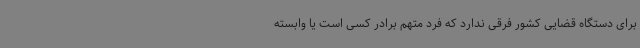
برای دستگاه قضایی کشور فرقی ندارد که فرد متهم برادر کسی است یا وابسته